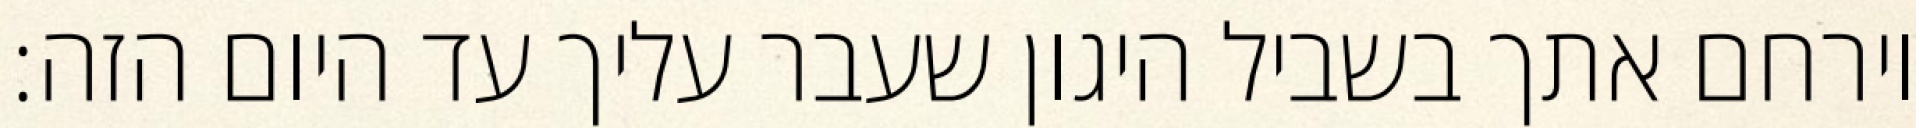
וירחם אתך בשביל היגון שעבר עליך עד היום הזה: